Elephants and their diseases
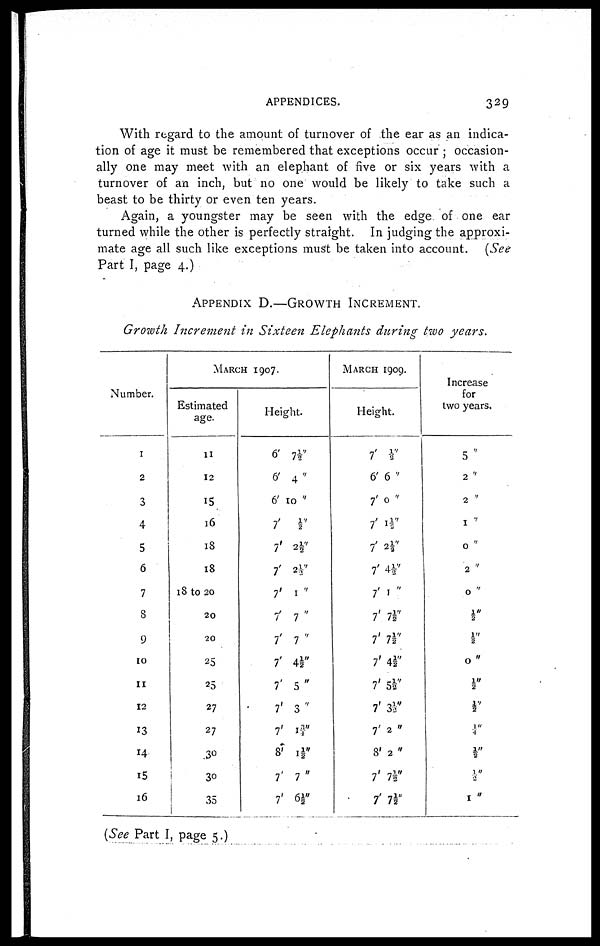
APPENDICES.
329
With regard to the amount of turnover of the ear as an indica-
tion of age it must be remembered that exceptions occur ; occasion-
ally one may meet with an elephant of five or six years with a
turnover of an inch, but no one would be likely to take such a
beast to be thirty or even ten years.
Again, a youngster may be seen with the edge of one ear
turned while the other is perfectly straight. In judging the approxi-
mate age all such like exceptions must be taken into account. (See
Part I, page 4.)
APPENDIX D.—GROWTH INCREMENT.
Growth Increment in Sixteen Elephants during two years.
Number.
1
2
3
4
5
6
7
8
9
10
11
12
13
14
15
16
MARCH
1907.
Estimated
age.
11
12
15
16
18
18
18 to 20
20
20
25
25
27
27
30
30
35
Height.
6' 7½"
6' 4"
6' 10 "
7' ½"
7' 2 ½"
7' 2½"
7' 1 "
7' 7 "
7' 7"
7' 4½"
7' 5"
7' 3"
7' 1¾"
8' 1½"
7' 7"
7' 6½"
MARCH
1909.
Height.
7' ½"
6' 6 ''
7' 0 "
7' 1½"
1 2½"
7' 4½"
7' 1"
7' 7½"
7' 7½"
7' 4½"
7' 5½"
7' 3½"
7' 2 "
8' 2 "
7' 7½"
7' 7½"
Increase
for
two years.
5 "
2 "
2 "
1 ''
0 ''
2 "
0 ''
½"
½"
0"
½"
2
½''
¼"
½"
½"
1"
(See Part I, page 5.)